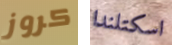
كروز اسكتلندا